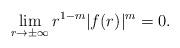
LaTeX: \begin{align*} \lim_{r\to\pm \infty} r^{1-m}|f(r)|^m=0.\end{align*}